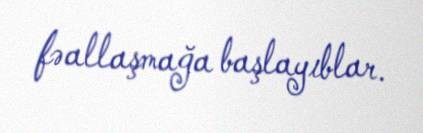
fəallaşmağa başlayıblar.